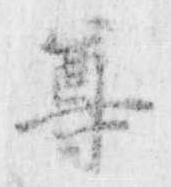
尊